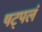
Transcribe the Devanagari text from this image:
षट्पलं